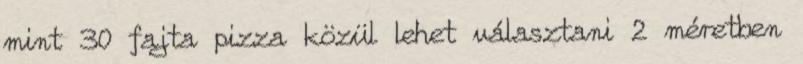
mint 30 fajta pizza közül lehet választani 2 méretben